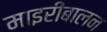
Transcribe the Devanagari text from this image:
माइरीबालन